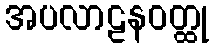
အပလာဠနဝတ္ထု